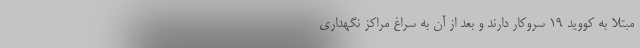
مبتلا به کووید ۱۹ سروکار دارند و بعد از آن به سراغ مراکز نگهداری